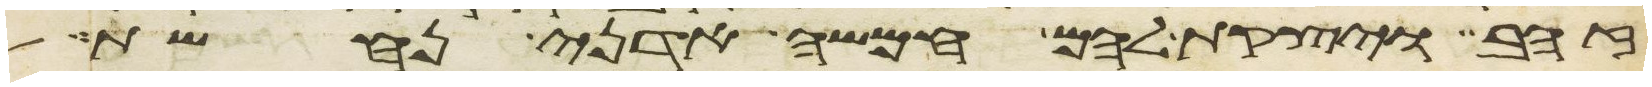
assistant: זהב ויצקת להם חמשה אדני נחשת